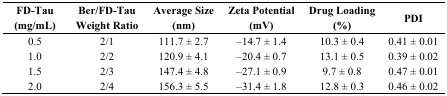
<table><thead><tr><td><b>FD-Tau (mg/mL)</b></td><td><b>Ber/FD-Tau Weight Ratio</b></td><td><b>Average Size (nm)</b></td><td><b>Zeta Potential (mV)</b></td><td><b>Drug Loading (%)</b></td><td><b>PDI</b></td></tr></thead><tbody><tr><td>0.5</td><td>2/1</td><td>111.7 ± 2.7</td><td>–14.7 ± 1.4</td><td>10.3 ± 0.4</td><td>0.41 ± 0.01</td></tr><tr><td>1.0</td><td>2/2</td><td>120.9 ± 4.1</td><td>–20.4 ± 0.7</td><td>13.1 ± 0.5</td><td>0.39 ± 0.02</td></tr><tr><td>1.5</td><td>2/3</td><td>147.4 ± 4.8</td><td>–27.1 ± 0.9</td><td>9.7 ± 0.8</td><td>0.47 ± 0.01</td></tr><tr><td>2.0</td><td>2/4</td><td>156.3 ± 5.5</td><td>–31.4 ± 1.8</td><td>12.8 ± 0.3</td><td>0.46 ± 0.02</td></tr></tbody></table>